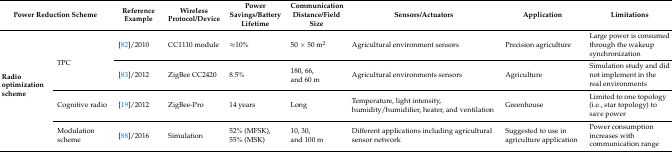
| <COLSPAN=2> Power Reduction Scheme | Reference Example | Wireless Protocol/Device | Power Savings/Battery Lifetime | Communication Distance/Field Size | Sensors/Actuators | Application | Limitations |
 | --- | --- | --- | --- | --- | --- | --- | --- | --- |
 | <ROWSPAN=4> Radio optimization scheme | <ROWSPAN=2> TPC | [82]/2010 | CC1110 module | ≈10% | 50 × 50 m2 | Agricultural environment sensors | Precision agriculture | Large power is consumed through the wakeup synchronization |
 | [83]/2012 | ZigBee CC2420 | 8.5% | 180, 66, and 60 m | Agricultural environments sensors | Agriculture | Simulation study and did not implement in the real environments |
 | Cognitive radio | [19]/2012 | ZigBee-Pro | 14 years | Long | Temperature, light intensity, humidity/humidifier, heater, and ventilation | Greenhouse | Limited to one topology (i.e., star topology) to save power |
 | Modulation scheme | [88]/2016 | Simulation | 52% (MFSK), 55% (MSK) | 10, 30, and 100 m | Different applications including agricultural sensor network | Suggested to use in agriculture application | Power consumption increases with communication range |